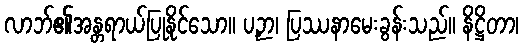
လာဘ်၏အန္တရာယ်ပြုနိုင်သော။ ပဉှာ၊ ပြဿနာမေးခွန်းသည်။ နိဋ္ဌိတာ၊